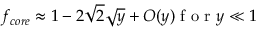
f _ { c o r e } \approx 1 - 2 \sqrt { 2 } \sqrt { y } + O ( y ) \mathrm { ~ f ~ o ~ r ~ } y \ll 1